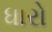
ધારો